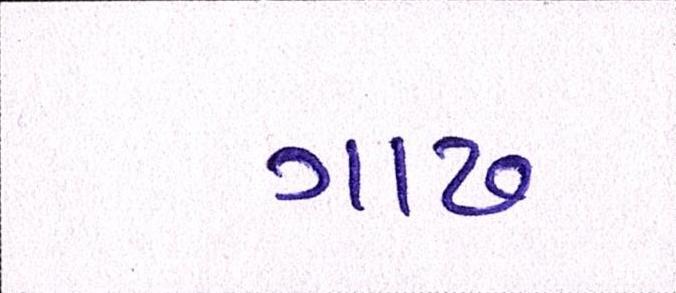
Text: ગાઢ